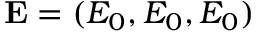
\mathbf { E } = ( E _ { 0 } , E _ { 0 } , E _ { 0 } )